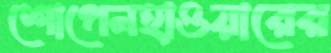
শোপেনহাওয়ারের